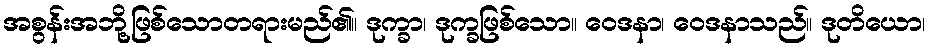
အစွန်းအဘို့ဖြစ်သောတရားမည်၏။ ဒုက္ခာ၊ ဒုက္ခဖြစ်သော။ ဝေဒနာ၊ ဝေဒနာသည်။ ဒုတိယော၊